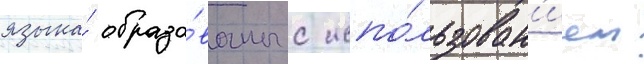
языка́ образо́ваны с испо́льзован'ием